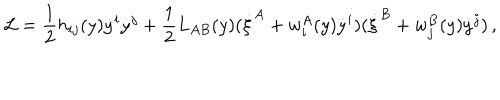
{ \cal L } = \frac { 1 } { 2 } h _ { i j } ( y ) \dot { y } ^ { i } \dot { y } ^ { j } + \frac { 1 } { 2 } L _ { A B } ( y ) ( \dot { \xi } ^ { A } + w _ { i } ^ { A } ( y ) \dot { y } ^ { i } ) ( \dot { \xi } ^ { B } + w _ { j } ^ { B } ( y ) \dot { y } ^ { j } ) \, ,